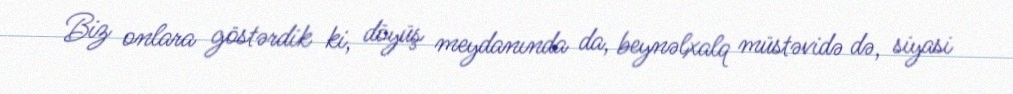
Biz onlara göstərdik ki, döyüş meydanında da, beynəlxalq müstəvidə də, siyasi